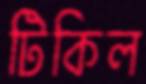
টিকিল